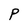
Character: P